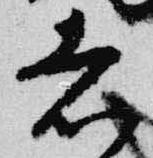
者